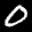
Label: 0